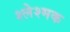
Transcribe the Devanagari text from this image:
श्लेश्मक